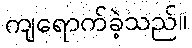
ကျရောက်ခဲ့သည်။